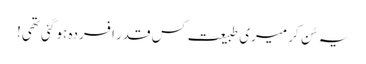
یہ سُن کر میری طبیعت کس قدر افسردہ ہو گئی تھی!